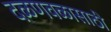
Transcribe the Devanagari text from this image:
दळणवळासाठी